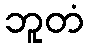
ဘူတံ